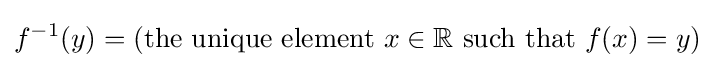
f^{-1}(y)=({\text{the unique element }}x\in \mathbb {R} {\text{ such that }}f(x)=y)